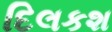
દિલકશ